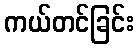
ကယ်တင်ခြင်း